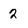
Character: 2